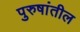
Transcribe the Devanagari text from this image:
पुरुषांतील